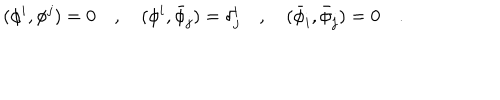
LaTeX: ( \phi ^ { i } , \phi ^ { j } ) = 0 \quad , \quad ( \phi ^ { i } , { \bar { \phi } } _ { j } ) = \delta _ { j } ^ { i } \quad , \quad ( { \bar { \phi } } _ { i } , { \bar { \phi } } _ { j } ) = 0 \quad .